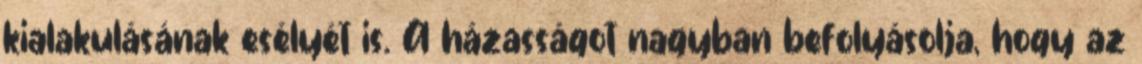
kialakulásának esélyét is. A házasságot nagyban befolyásolja, hogy az